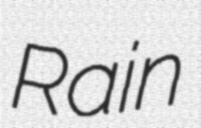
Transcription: Rain